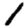
Digit: 1